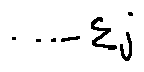
\cdots - \sum j